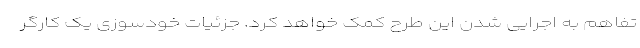
تفاهم به اجرایی شدن این طرح کمک خواهد کرد. جزئیات خودسوزی یک کارگر